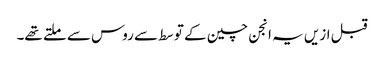
قبل ازیں یہ انجن چین کے توسط سے روس سے ملتے تھے۔